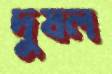
দুষল